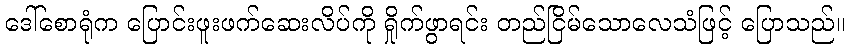
ဒေါ်စောရုံက ပြောင်းဖူးဖက်ဆေးလိပ်ကို ရှိုက်ဖွာရင်း တည်ငြိမ်သောလေသံဖြင့် ပြောသည်။